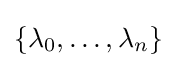
\{\lambda _{0},\dots ,\lambda _{n}\}